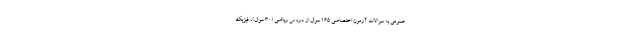
عمومی به سوالات آزمون اختصاصی ۱۶۵ سوال از دروس ریاضی (۳۰ سوال)، فیزیک